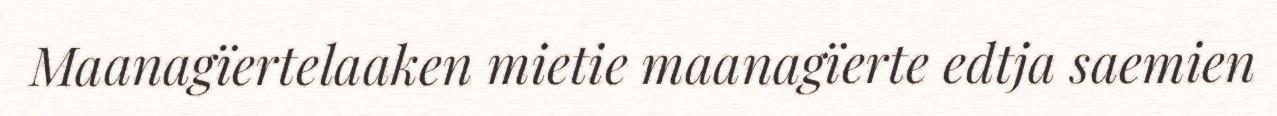
Maanagïertelaaken mietie maanagïerte edtja saemien